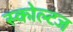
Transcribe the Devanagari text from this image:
स्कोल्टज